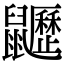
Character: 𪖍